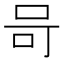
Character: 𭇎